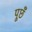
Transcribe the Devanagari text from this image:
पूछँ